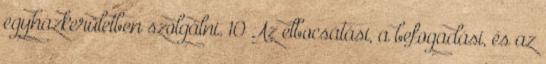
egyházkerületben szolgálni. 10 Az elbocsátási, a befogadási, és az